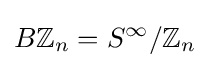
B\mathbb {Z} _{n}=S^{\infty }/\mathbb {Z} _{n}